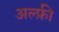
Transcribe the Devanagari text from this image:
अल्फ़ी